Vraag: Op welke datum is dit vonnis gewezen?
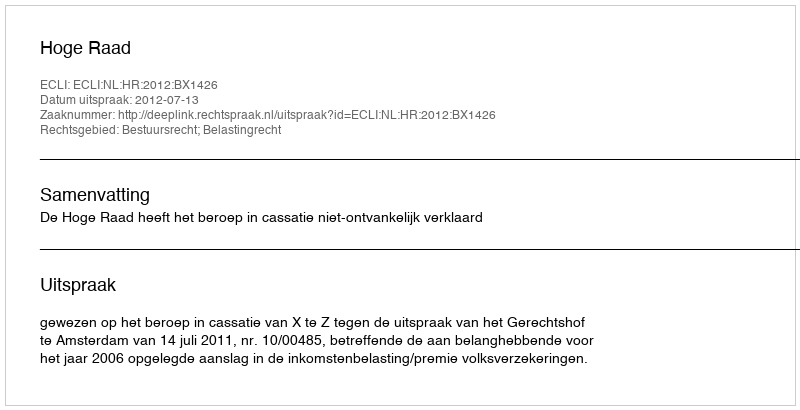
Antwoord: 2012-07-13